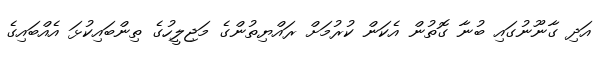
އަދި ގާނޫނުގައި ބުނާ ގޮތުން އެކަން ކުރުމަށް ރައްޔިތުންގެ މަޖިލީހުގެ ތިންބައިކުޅަ އެއްބައިގެ